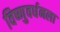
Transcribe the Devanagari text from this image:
विष्णुवर्धनला